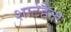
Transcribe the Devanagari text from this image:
शार्टहैन्ड